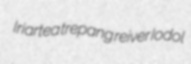
Iriartea trepang reiver Iodol